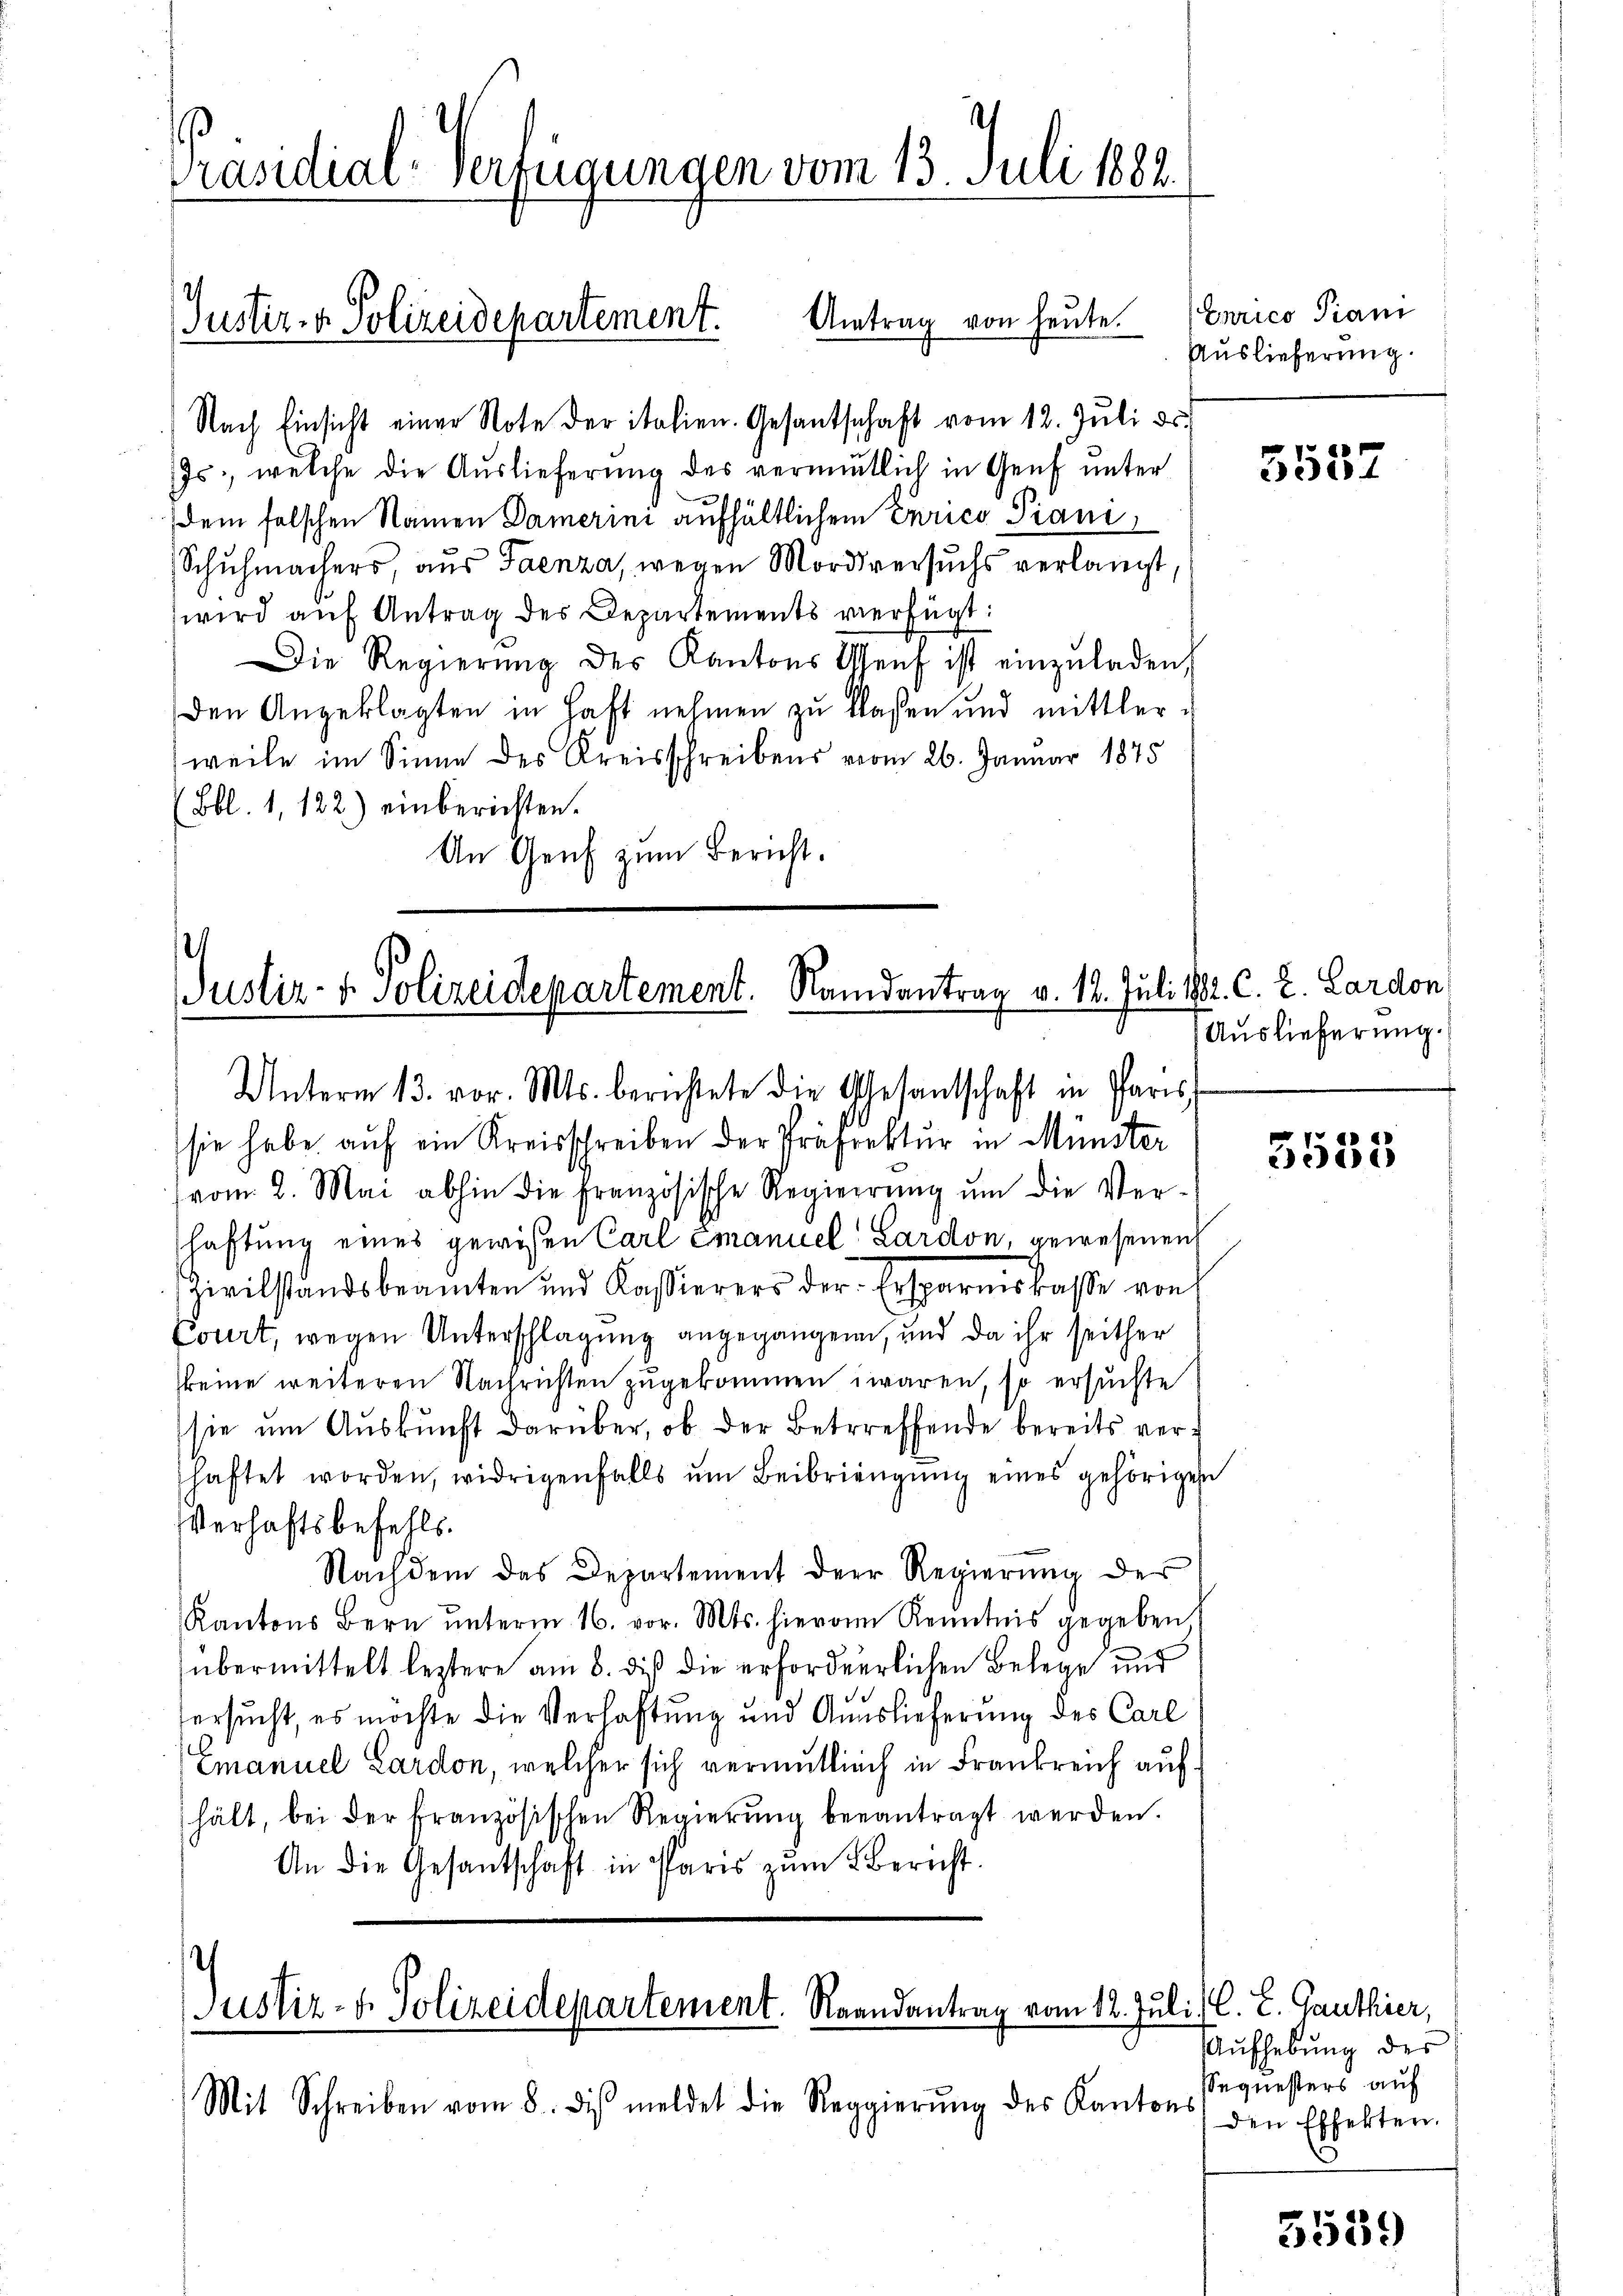
Präsidial-Verfügungen vom 13. Juli 1882.

Nach Einsicht einer Note der italien. Gesantschaft vom 12. Juli d.
Js., welche die Auslieferung des vermutlich in Genf unter
dem falschen Namen Damerini aufhältlichem Errico Piani,
Schuhmachers, aus Taenza, wegen Mordversuchs verlangt,
wird aŭf Antrag des Departements verfügt:
Die Regierŭng des Kantons Genf ist einzŭladen,
den Angeklagten in Haft nehmen zu laßen und mittler-
weile im Sinne des Kreisschreibens vom 26. Januar 1875
(Bbl. 1, 122.) einberichten.
An Genf zum Bericht.

Justiz- & Polizeidepartement. Antrag von heute.

Justiz- & Polizeidepartement. Randantrag v. 12. Juli 1882. C. L. Lardon
Unterm 13. vor. Mts. berichtete die Gesantschaft in Paris

sie habe aŭf ein Kreisschreiben der Präfektur in Münster
vom 8. Mai abhin die Französische Regierŭng ŭm die Ver-
shaftung eines gewisen Carl Emanuel Lardon, gewesenen
Zivilstandsbeamten und Kassierers der Ersparniskasse von
Court, wegen Unterschlagung angegangenen, und da ihr seither
keine weiteren Nachrichten zugekommen waren, so ersuchte
sie ŭm Aŭskŭnft darüber, ob der Betreffende bereits verhaftet worden, widrigenfalls um Beibringung eines gehörigen
Verhaftsbefehls.
Nachdem das Departement der Regierung des
Kantons Bern ŭnterm 16. vor. Mts. hievon Kenntnis gegeben
übermittelt leztere am 8. dieß die erforderlichen Belege und
ersucht, es möchte die Verhaftung und Auslieferung des Carl
Emanuel Lardon, welcher sich vermutlich in Frankreich aufhält, bei der französischen Regierŭng beantragt werden.
An die Gesantschaft in Paris zŭm Bericht.

i
Justiz- & Polizeidepartement. Randantrag vom 12. Juli) C. L. Ganthier,

Mit Schreiben vom 8. dis meldet die Reggierŭng des Kantons

Enrico Piani
Auslieferung.

3532

Auslieferung.

4
ie

Aufhebung der
Sequesters auf
den Effekten.

3539